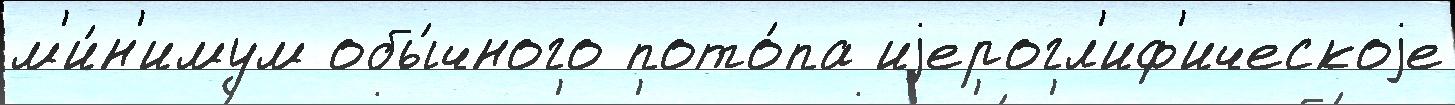
м'и́н'имум обы́чного пото́па иjерогл'иф'ическоjе